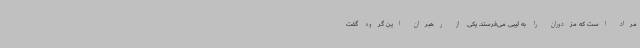
مراد است که مزدوران را به لیبی می‌فرستد. یکی از رهبران این گروه گفت